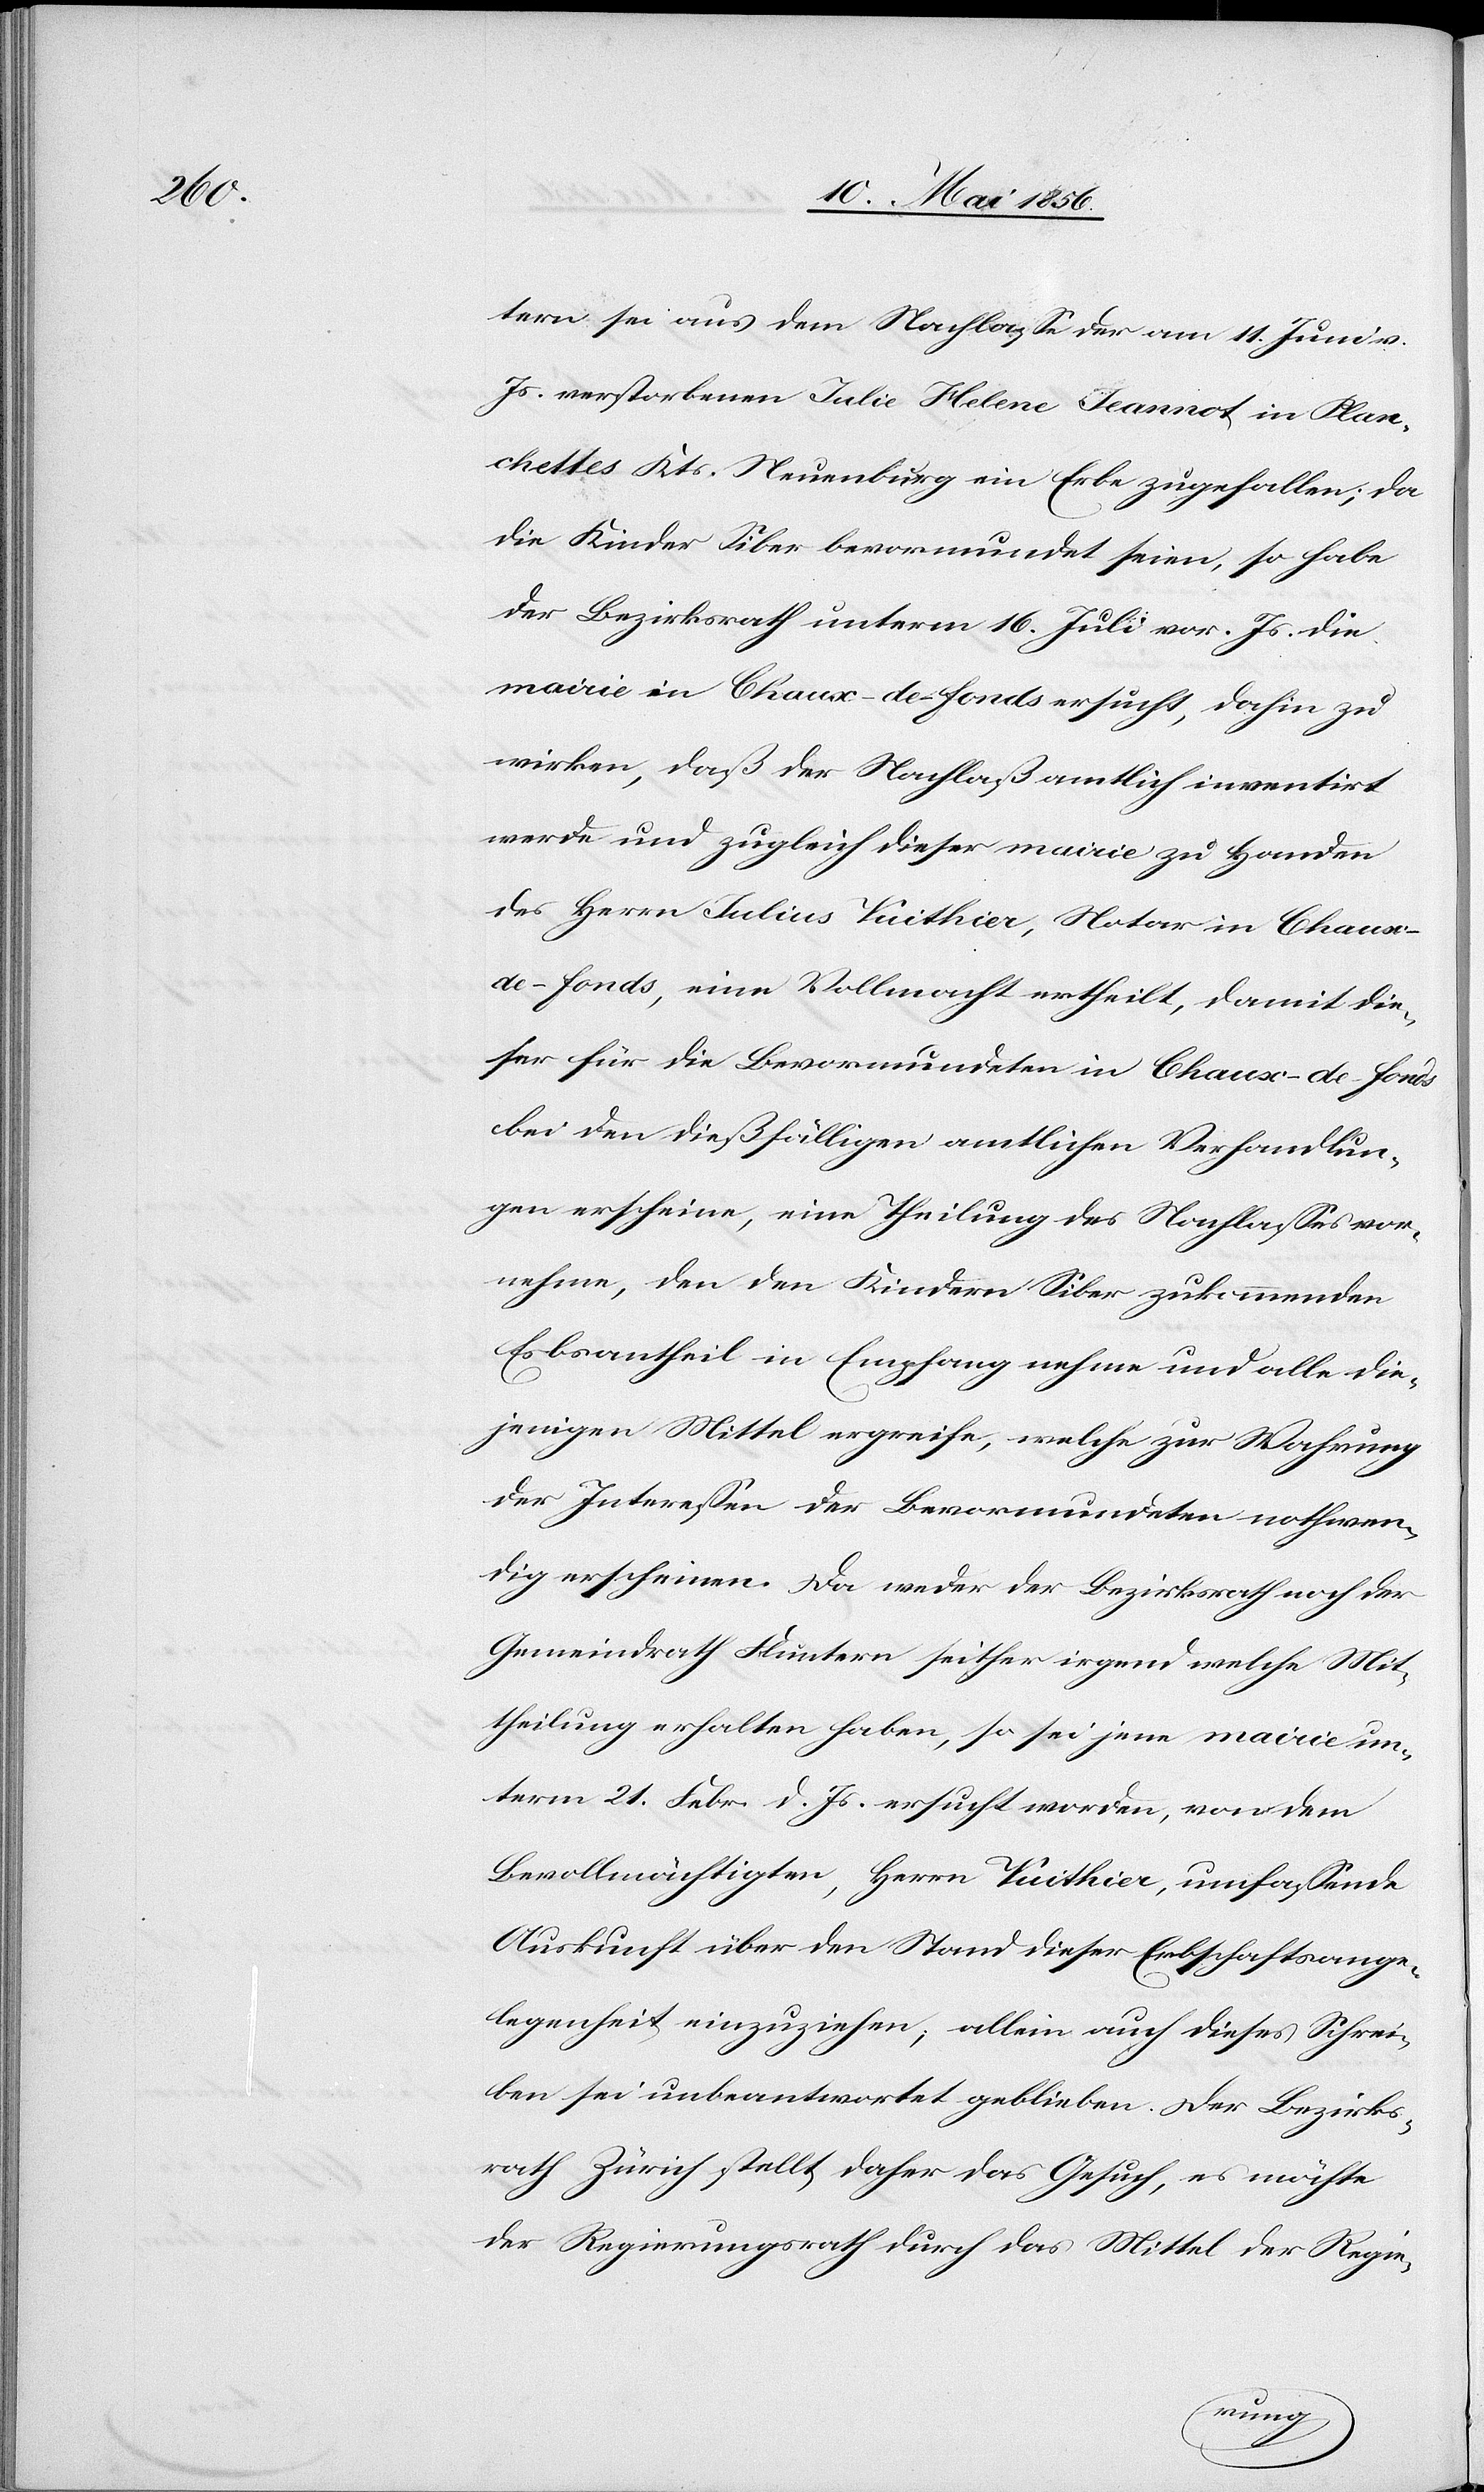
tern sei aus dem Nachlasse der am 11. Juni v.
Js. verstorbenen Julie Helene Jeannot in Plan¬
chettes Kts. Neuenburg ein Erbe zugefallen; da
die Kinder Siber bevormundet seien, so habe
der Bezirksrath unterm 16. Juli vor. Js. die
mairie in Chaux-de-fonds ersucht, dahin zu
wirken, daß der Nachlaß amtlich inventirt
werde und zugleich dieser mairie zu Handen
des Herrn Julius Vuithier, Notar in Chau¬
x-de-fonds, eine Vollmacht ertheilt, damit die¬
ser für die Bevormundeten in Chaux-de-fonds
bei den dießfälligen amtlichen Verhandlun¬
gen erscheine, eine Theilung des Nachlasses vor¬
nehme, den den Kindern Siber zukommenden
Erbsantheil in Empfang nehme und alle die¬
jenigen Mittel ergreife, welche zur Wahrung
der Interessen der Bevormundeten nothwen¬
dig erscheinen. Da weder der Bezirksrath noch der
Gemeindrath Fluntern seither irgend welche Mit¬
theilung erhalten haben, so sei jene mairie un¬
term 21. Febr. d. Js. ersucht worden, von dem
Bevollmächtigten, Herrn Vuithier, umfassende
Auskunft über den Stand dieser Erbschaftsange¬
legenheit einzuziehen; allein auch dieses Schrei¬
ben sei unbeantwortet geblieben. Der Bezirks¬
rath Zürich stellt daher das Gesuch, es möchte
der Regierungsrath durch das Mittel der Regie-